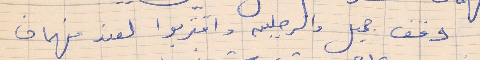
وقف جميل  والرجلين واقتربوا لعند فهمان